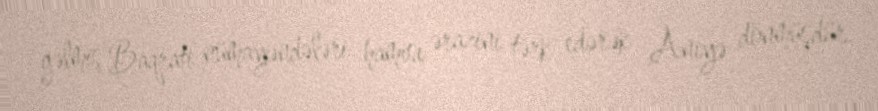
gəlmiş Baqrati nümayəndələri hamısı ərazini tərk edərək Aniyə dönmüşdür.